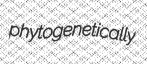
phytogenetically